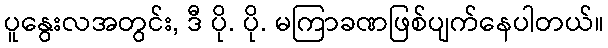
ပူနွေးလအတွင်း, ဒီ ပို. ပို. မကြာခဏဖြစ်ပျက်နေပါတယ်။